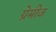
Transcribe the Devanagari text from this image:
ग्रेमीज